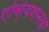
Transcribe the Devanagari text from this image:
एव्हियशनचा